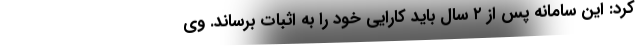
کرد: این سامانه پس از ۲ سال باید کارایی خود را به اثبات برساند. وی